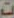
ت